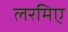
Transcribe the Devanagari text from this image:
लरमिए